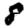
Digit: 8